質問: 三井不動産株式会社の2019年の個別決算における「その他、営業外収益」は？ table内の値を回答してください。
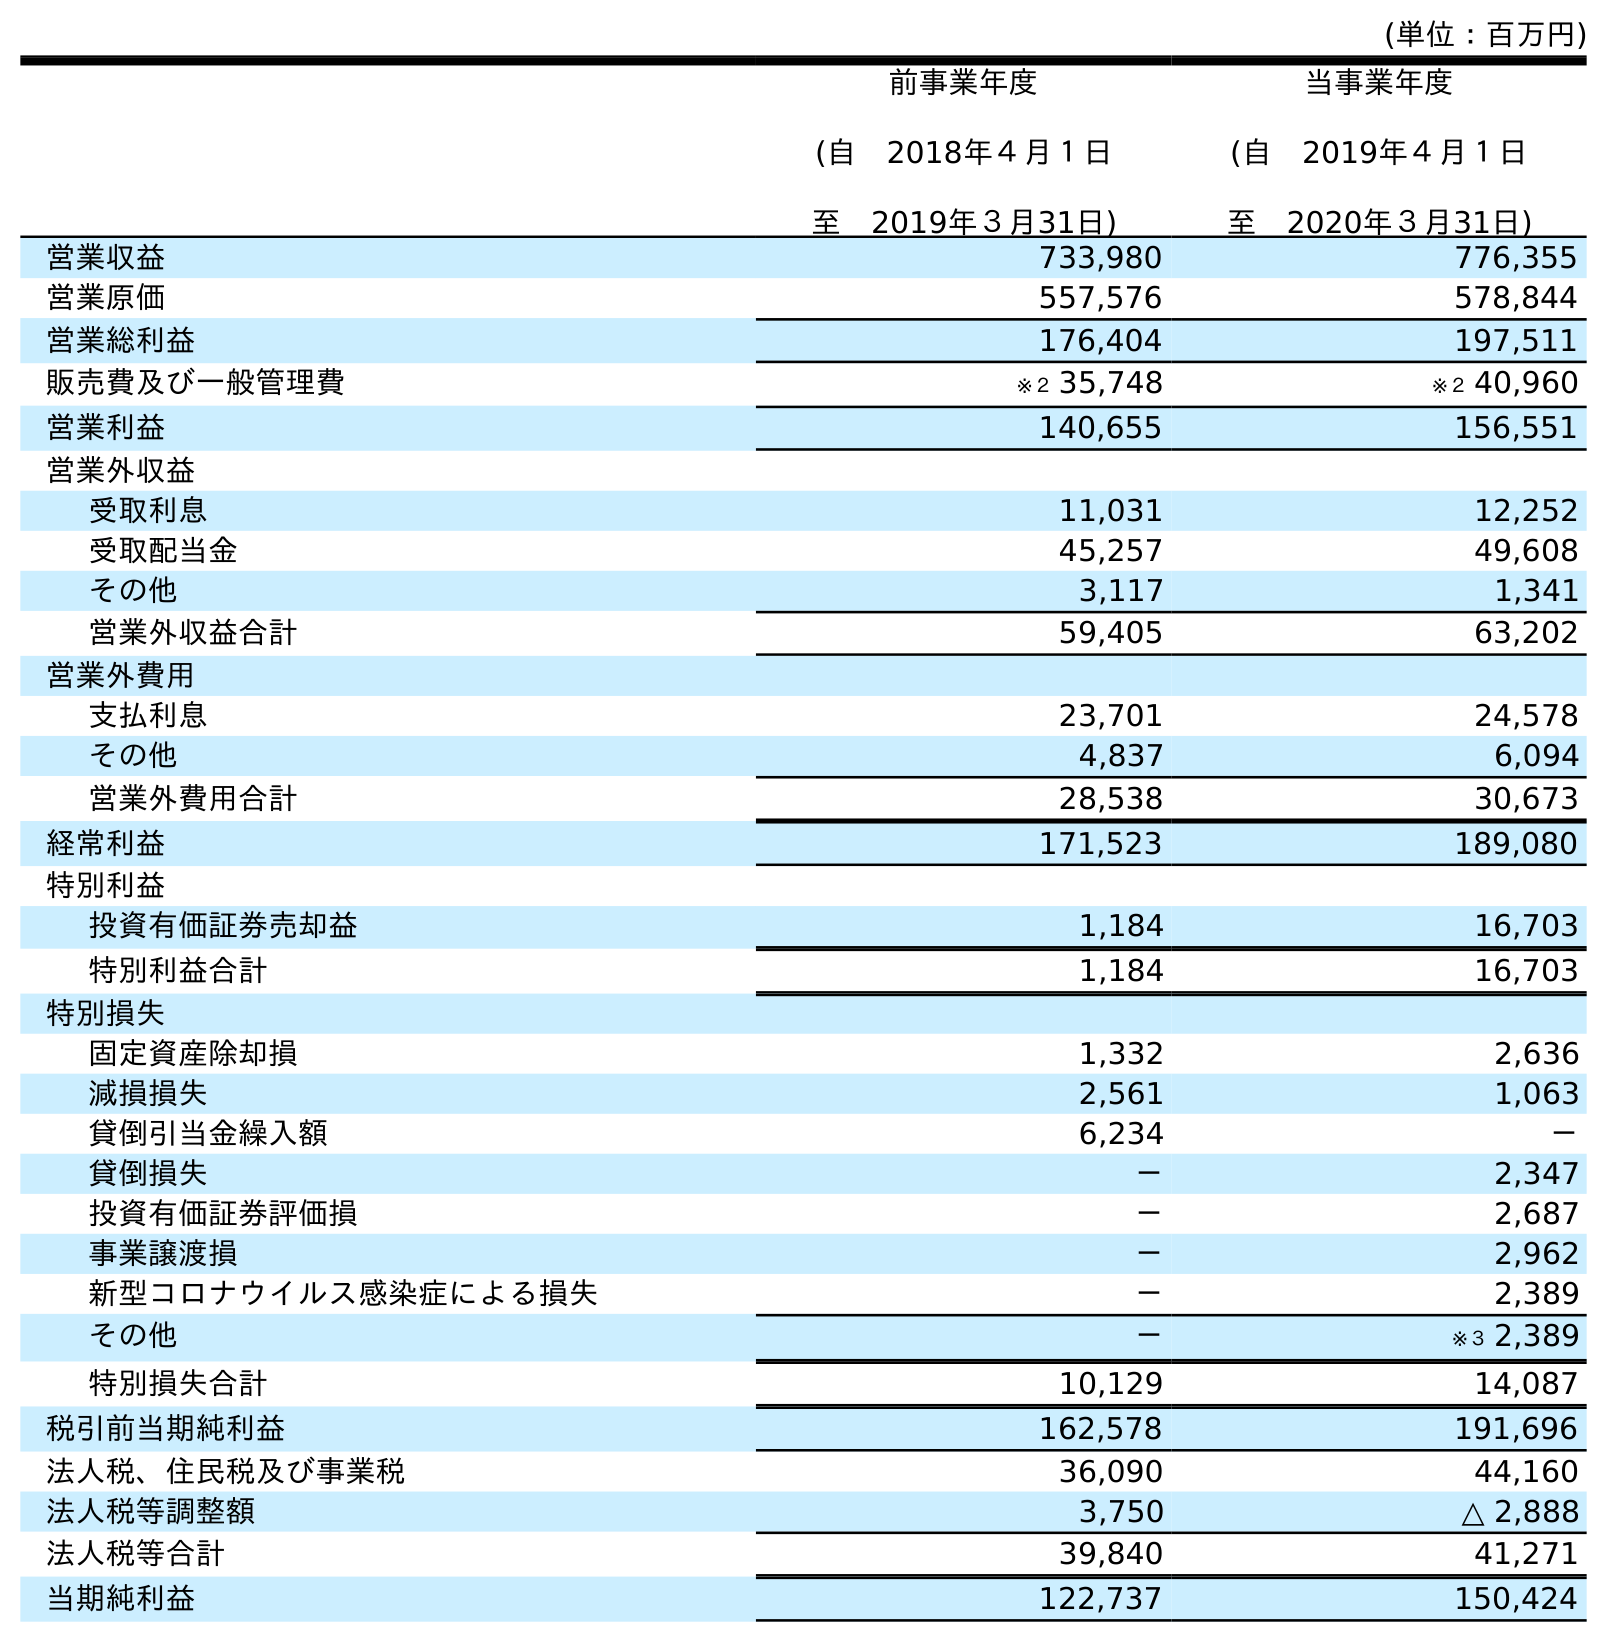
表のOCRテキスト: (単位：百万円) 前事業年度 (自 2018年４月１日 至 2019年３月31日) 当事業年度 (自 2019年４月１日 至 2020年３月31日) 営業収益 733,980 776,355 営業原価 557,576 578,844 営業総利益 176,404 197,511 販売費及び一般管理費 ※２ 35,748 ※２ 40,960 営業利益 140,655 156,551 営業外収益 受取利息 11,031 12,252 受取配当金 45,257 49,608 その他 3,117 1,341 営業外収益合計 59,405 63,202 営業外費用 支払利息 23,701 24,578 その他 4,837 6,094 営業外費用合計 28,538 30,673 経常利益 171,523 189,080 特別利益 投資有価証券売却益 1,184 16,703 特別利益合計 1,184 16,703 特別損失 固定資産除却損 1,332 2,636 減損損失 2,561 1,063 貸倒引当金繰入額 6,234 － 貸倒損失 － 2,347 投資有価証券評価損 － 2,687 事業譲渡損 － 2,962 新型コロナウイルス感染症による損失 － 2,389 その他 － ※３ 2,389 特別損失合計 10,129 14,087 税引前当期純利益 162,578 191,696 法人税、住民税及び事業税 36,090 44,160 法人税等調整額 3,750 △ 2,888 法人税等合計 39,840 41,271 当期純利益 122,737 150,424
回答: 3,117